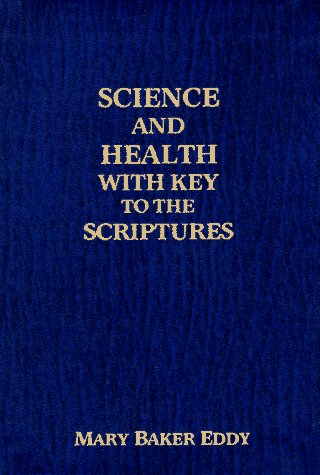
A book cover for Science and Health with Key to the Scriptures (Aequus); Mary Baker Eddy; Christian Books & Bibles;